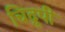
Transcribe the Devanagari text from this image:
चिद्रूपी